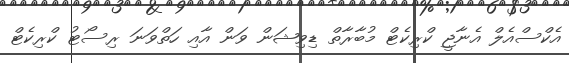
އެކްސްއެލް އެނާޖީ ކްރިކެޓް މުބާރާތް ޑިވިޝަން ވަން އާއި ހަތްވަނަ ރިސޯޓު ކްރިކެޓް